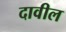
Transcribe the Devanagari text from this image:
दावील